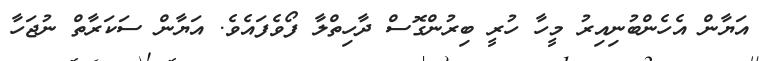
އަޔާން އެހެންބުނިއިރު މީހާ ހުރީ ބިރުންގޮސް ދާހިތްލާ ފޯވެފައެވެ. އަޔާން ސަކަރާތް ނުޖަހާ